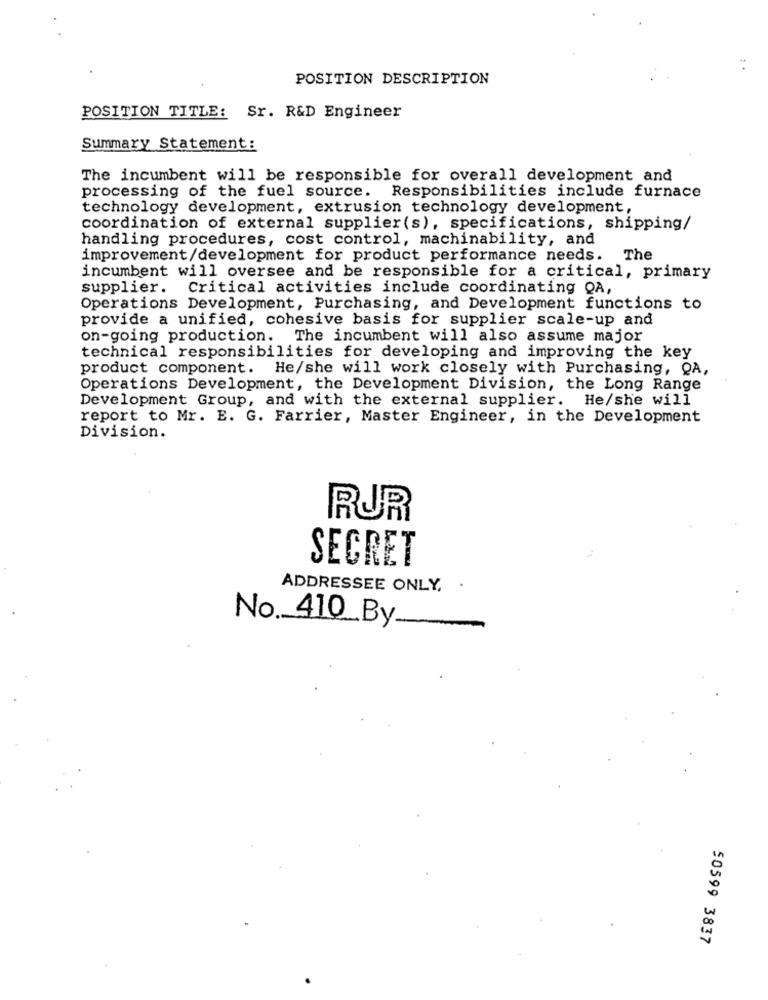
POSITION DESCRIPTION
POSITION TITLE: Sr. R&D Engineer
Summary Statement:
The incumbent will be responsible for overall development and
processing of the fuel source. Responsibilities include furnace
technology development, extrusion technology development,
coordination of external supplier(s), specifications, shipping/
handling procedures, cost control, machinability, and
improvement/development for product performance needs. The
incumbent will oversee and be responsible for a critical, primary
supplier. Critical activities include coordinating QA,
Operations Development, Purchasing, and Development functions to
provide a unified, cohesive basis for supplier scale-up and
on-going production.
The incumbent will also assume major
technical responsibilities for developing and improving the key
product component. He/she will work closely with Purchasing, QA,
Operations Development, the Development Division, the Long Range
Development Group, and with the external supplier. He/she will
report to Mr. E. G. Farrier, Master Engineer, in the Development
Division.
RUR
SECRET
ADDRESSEE ONLY,
No. 410_By.
50599 3837